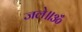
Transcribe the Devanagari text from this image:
जले॥ॐ